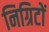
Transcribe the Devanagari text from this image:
निग्रिटों